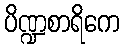
ပိဏ္ဍစာရိကေ